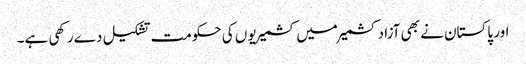
اور پاکستان نے بھی آزاد کشمیر میں کشمیریوں کی حکومت تشکیل دے رکھی ہے۔